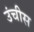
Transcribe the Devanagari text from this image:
उंचीस